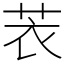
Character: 䒾